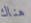
هناك